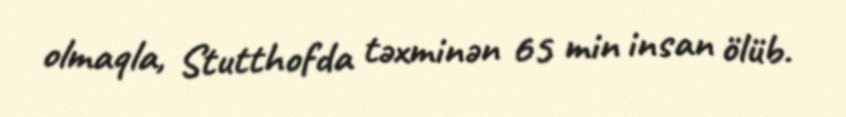
olmaqla, Stutthofda təxminən 65 min insan ölüb.